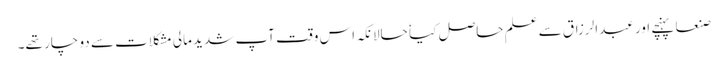
صنعا پہنچے اور عبدالرزاق سے علم حاصل کیا ٗ حالانکہ اس وقت آپ شدید مالی مشکلات سے دو چار تھے۔